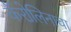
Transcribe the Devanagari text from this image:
कॅरोलिनाचा